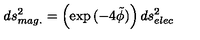
d s _ { m a g . } ^ { 2 } = \left( \exp { ( - 4 \tilde { \phi } ) } \right) d s _ { e l e c } ^ { 2 }